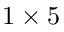
1 \times 5